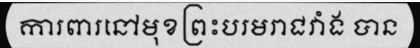
ការពារនៅមុខព្រះបរមរាជវាំង បាន